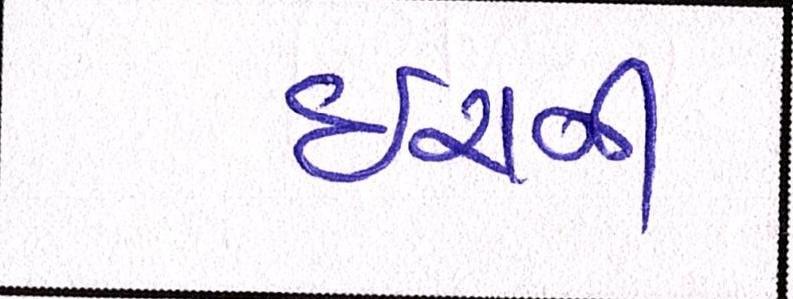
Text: ઇરાની